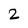
Character: 2